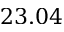
2 3 . 0 4